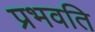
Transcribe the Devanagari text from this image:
प्रभवति